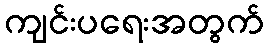
ကျင်းပရေးအတွက်